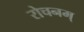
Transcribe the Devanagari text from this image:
रोचनम्